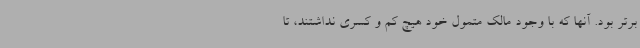
برتر بود. آنها که با وجود مالک متمول‌ خود هیچ کم و کسری نداشتند، تا